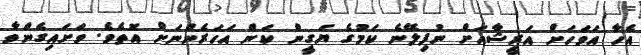
އެހާ އަވަހަށް އަރީޝާއަށް ނުފިލޭނެ ކަމުގެ ޔަގީން ކަން އަހަރެންނަށް އޮތެވެ. ވަށައިގެންވާ